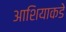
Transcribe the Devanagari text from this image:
आशियाकडे